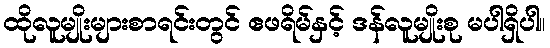
ထိုလူမျိုးများစာရင်းတွင် ဧဖရိမ်နှင့် ဒန်လူမျိုးစု မပါရှိပါ။